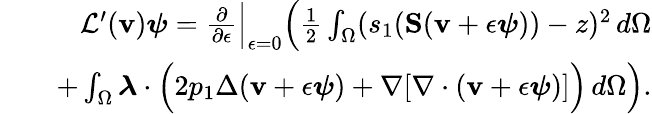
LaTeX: \begin{array}{rlr}&{}&{\mathcal{L}^{\prime}(\mathbf{v})\boldsymbol{\psi}=\frac{\partial}{\partial\epsilon}\Big\rvert_{\epsilon=0}\Big(\frac{1}{2}\int_{\Omega}(s_{1}(\mathbf{S}(\mathbf{v}+\epsilon\boldsymbol{\psi}))-z)^{2}\, d\Omega}\\ &{}&{+\int_{\Omega}\boldsymbol{\lambda}\cdot\Big(2p_{1}\Delta(\mathbf{v}+\epsilon\boldsymbol{\psi})+\nabla[\nabla\cdot(\mathbf{v}+\epsilon\boldsymbol{\psi})]\Big)\, d\Omega\Big).}\end{array}